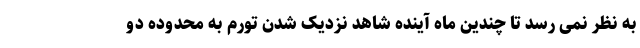
به نظر نمی رسد تا چندین ماه آینده شاهد نزدیک شدن تورم به محدوده دو